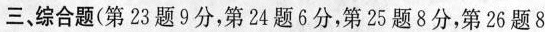
三，综合题(第23题9分，第24题6分，第25题8分，第26题8